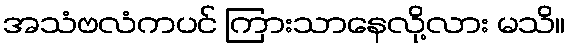
အသံဗလံကပင် ကြားသာနေလို့လား မသိ။